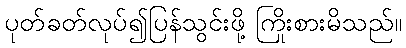
ပုတ်ခတ်လုပ်၍ပြန်သွင်းဖို့ ကြိုးစားမိသည်။